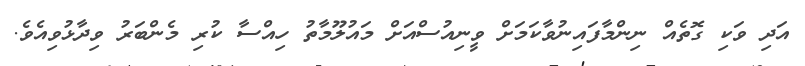
އަދި ވަކި ގޮތެއް ނިންމާފައިނުވާކަމަށް ވީނިއުސްއަށް މައުލޫމާތު ހިއްސާ ކުރި މެންބަރު ވިދާޅުވިއެވެ.